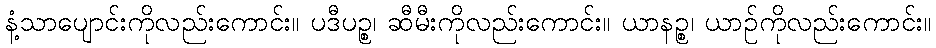
နံ့သာပျောင်းကိုလည်းကောင်း။ ပဒီပဉ္စ၊ ဆီမီးကိုလည်းကောင်း။ ယာနဉ္စ၊ ယာဉ်ကိုလည်းကောင်း။